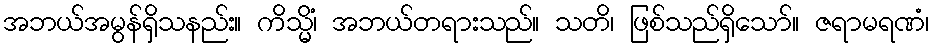
အဘယ်အမွန်ရှိသနည်း။ ကိသ္မိံ၊ အဘယ်တရားသည်။ သတိ၊ ဖြစ်သည်ရှိသော်။ ဇရာမရဏံ၊